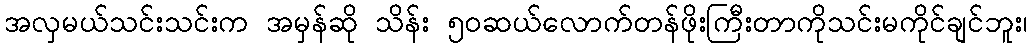
အလှမယ်သင်းသင်းက အမှန်ဆို သိန်း ၅၀ဆယ်လောက်တန်ဖိုးကြီးတာကိုသင်းမကိုင်ချင်ဘူး၊